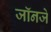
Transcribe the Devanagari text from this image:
जॉनजे